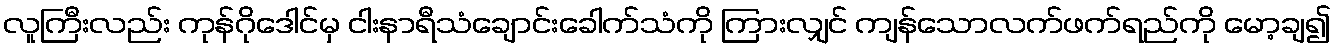
လူကြီးလည်း ကုန်ဂိုဒေါင်မှ ငါးနာရီသံချောင်းခေါက်သံကို ကြားလျှင် ကျန်သောလက်ဖက်ရည်ကို မော့ချ၍